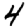
Digit: 4